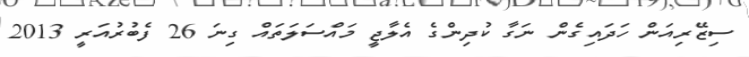
ސިޒޭރިއަން ހަދައިގެން ނަގާ ކުދިންގެ އެލާޖީ މައްސަލަތައް ގިނަ 26 ފެބުރުއަރީ 2013